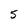
Character: 5